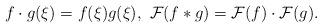
LaTeX: \begin{align*}f\cdot g (\xi)=f(\xi)g(\xi),\ \mathcal{F}(f\ast g)=\mathcal{F}(f)\cdot \mathcal{F}(g). \end{align*}